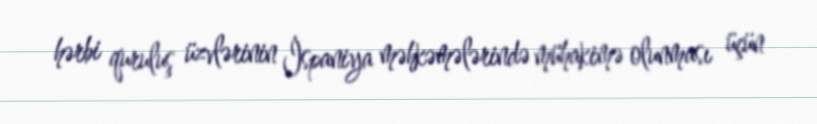
hərbi quruluş üzvlərinin İspaniya məhkəmələrində mühakimə olunması üçün